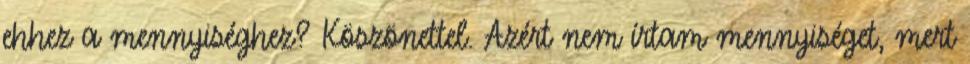
ehhez a mennyiséghez? Köszönettel. Azért nem írtam mennyiséget, mert